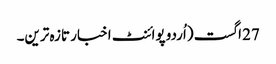
27 اگست (اُردو پوائنٹ اخبار تازہ ترین۔